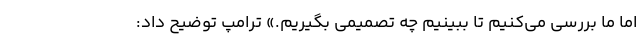
اما ما بررسی می‌کنیم تا ببینیم چه تصمیمی بگیریم.» ترامپ توضیح داد: